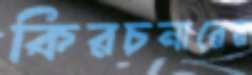
কিরচনারের